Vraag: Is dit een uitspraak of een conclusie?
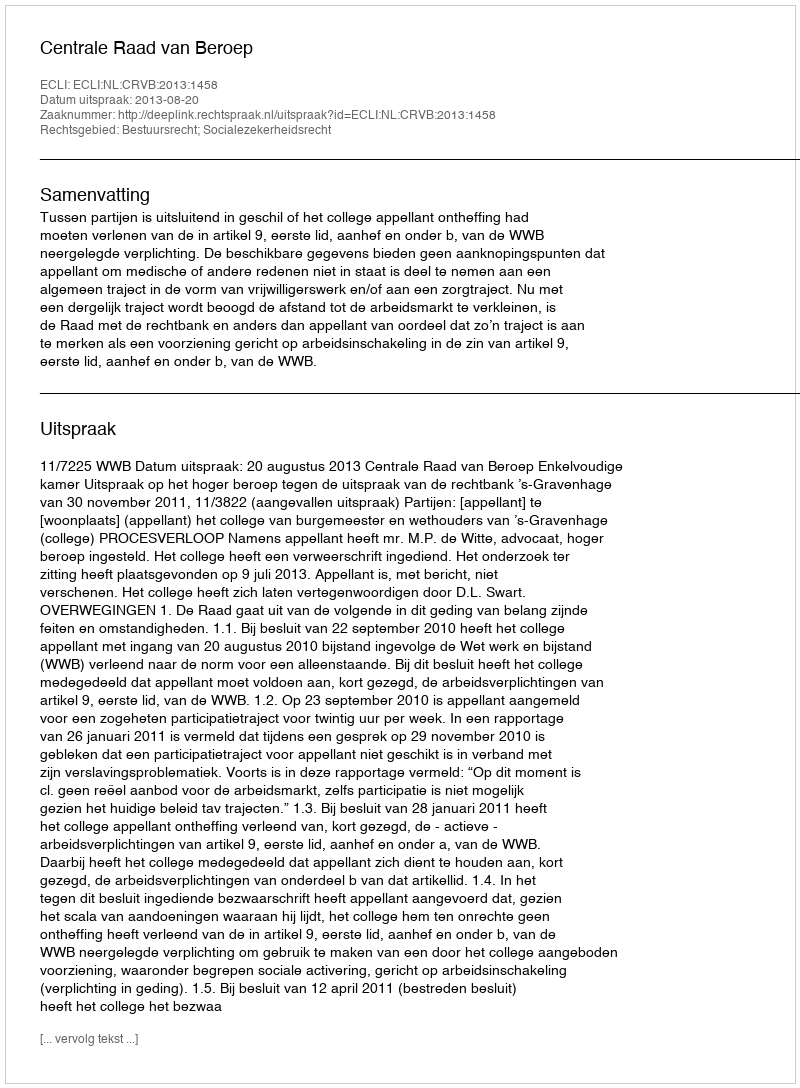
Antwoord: Uitspraak